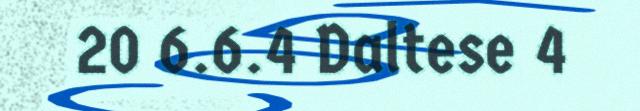
20 6.6.4 Daltese 4